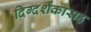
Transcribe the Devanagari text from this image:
दिग्दर्शकासह